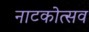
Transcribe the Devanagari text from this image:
नाटकोत्सव